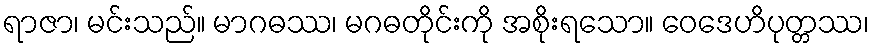
ရာဇာ၊ မင်းသည်။ မာဂဓဿ၊ မဂဓတိုင်းကို အစိုးရသော။ ဝေဒေဟိပုတ္တဿ၊